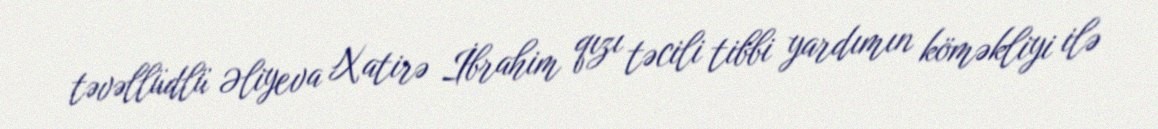
təvəllüdlü Əliyeva Xatirə İbrahim qızı təcili tibbi yardımın köməkliyi ilə